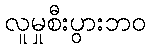
လူမှုစီးပွားဘဝ